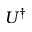
U ^ { \dagger }